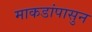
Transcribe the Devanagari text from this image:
माकडांपासुन